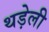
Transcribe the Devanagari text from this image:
थड़ेली